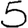
Digit: 5